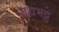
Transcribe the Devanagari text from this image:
जयभट्ट